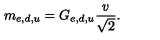
m _ { e , d , u } = G _ { e , d , u } \frac { v } { \sqrt { 2 } } .